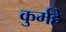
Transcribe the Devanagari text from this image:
कुर्महे